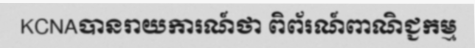
KCNAបានរាយការណ៍ថា ពិព័រណ៍ពាណិជ្ជកម្ម